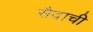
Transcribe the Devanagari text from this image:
सैदाची